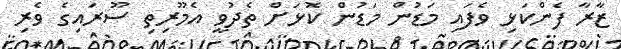
ޒާރާ ފެންކަޅި ވެފައި މަޑުން މަޑުން ކޮޅަށް ތެދުވީ އެމޫރިތި ސޫރައިގެ ވެރި